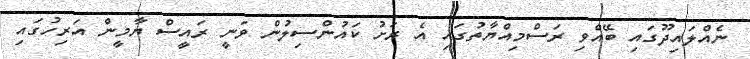
ނެއްލައިދޫގައި ބޭއްވި ރަސްމިއްޔާތުގައި އެ ރަށު ކައުންސިލުން ވަނީ ރައީސް ޔާމީން އަރިހުގައި